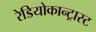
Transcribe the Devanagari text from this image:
रेडियोकान्ट्रास्ट